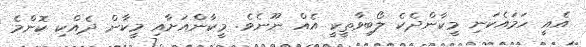
އެއީ ހަމައެކަނި މީކާންދެކެ ލޯބިވާތީކީ އެއް ނޫނެވެ. މީކާންއަށާއި މީކާން ދެއްކި ކޮންމެ